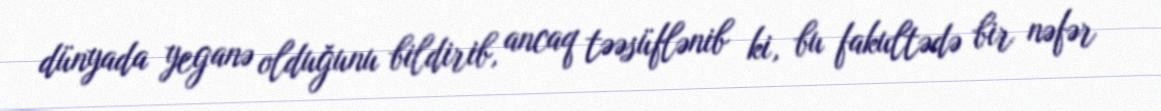
dünyada yeganə olduğunu bildirib, ancaq təəsüflənib ki, bu fakultədə bir nəfər